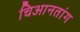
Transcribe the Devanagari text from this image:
चिआनतांग